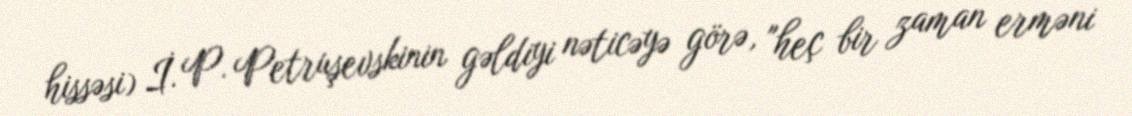
hissəsi) İ. P. Petruşevskinin gəldiyi nəticəyə görə, "heç bir zaman erməni